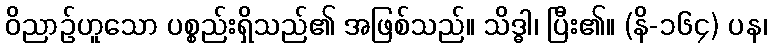
ဝိညာဉ်ဟူသော ပစ္စည်းရှိသည်၏ အဖြစ်သည်။ သိဒ္ဓါ၊ ပြီး၏။ (နိ-၁၆၄) ပန၊